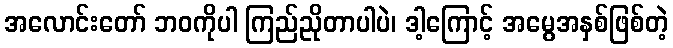
အလောင်းတော် ဘဝကိုပါ ကြည်ညိုတာပါပဲ၊ ဒါ့ကြောင့် အမွေအနှစ်ဖြစ်တဲ့